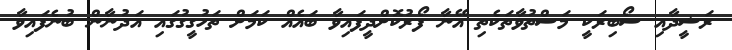
ރަޝީދާއި ސޯބިރަކީ މަސްތުވާތަކެތި އޭނާ ފޯރުކޮށްދީފައިވާ ބައެއް ކަމަށް ތަހުގީގުގައި އަދުނާން ބުނެފައިވާ